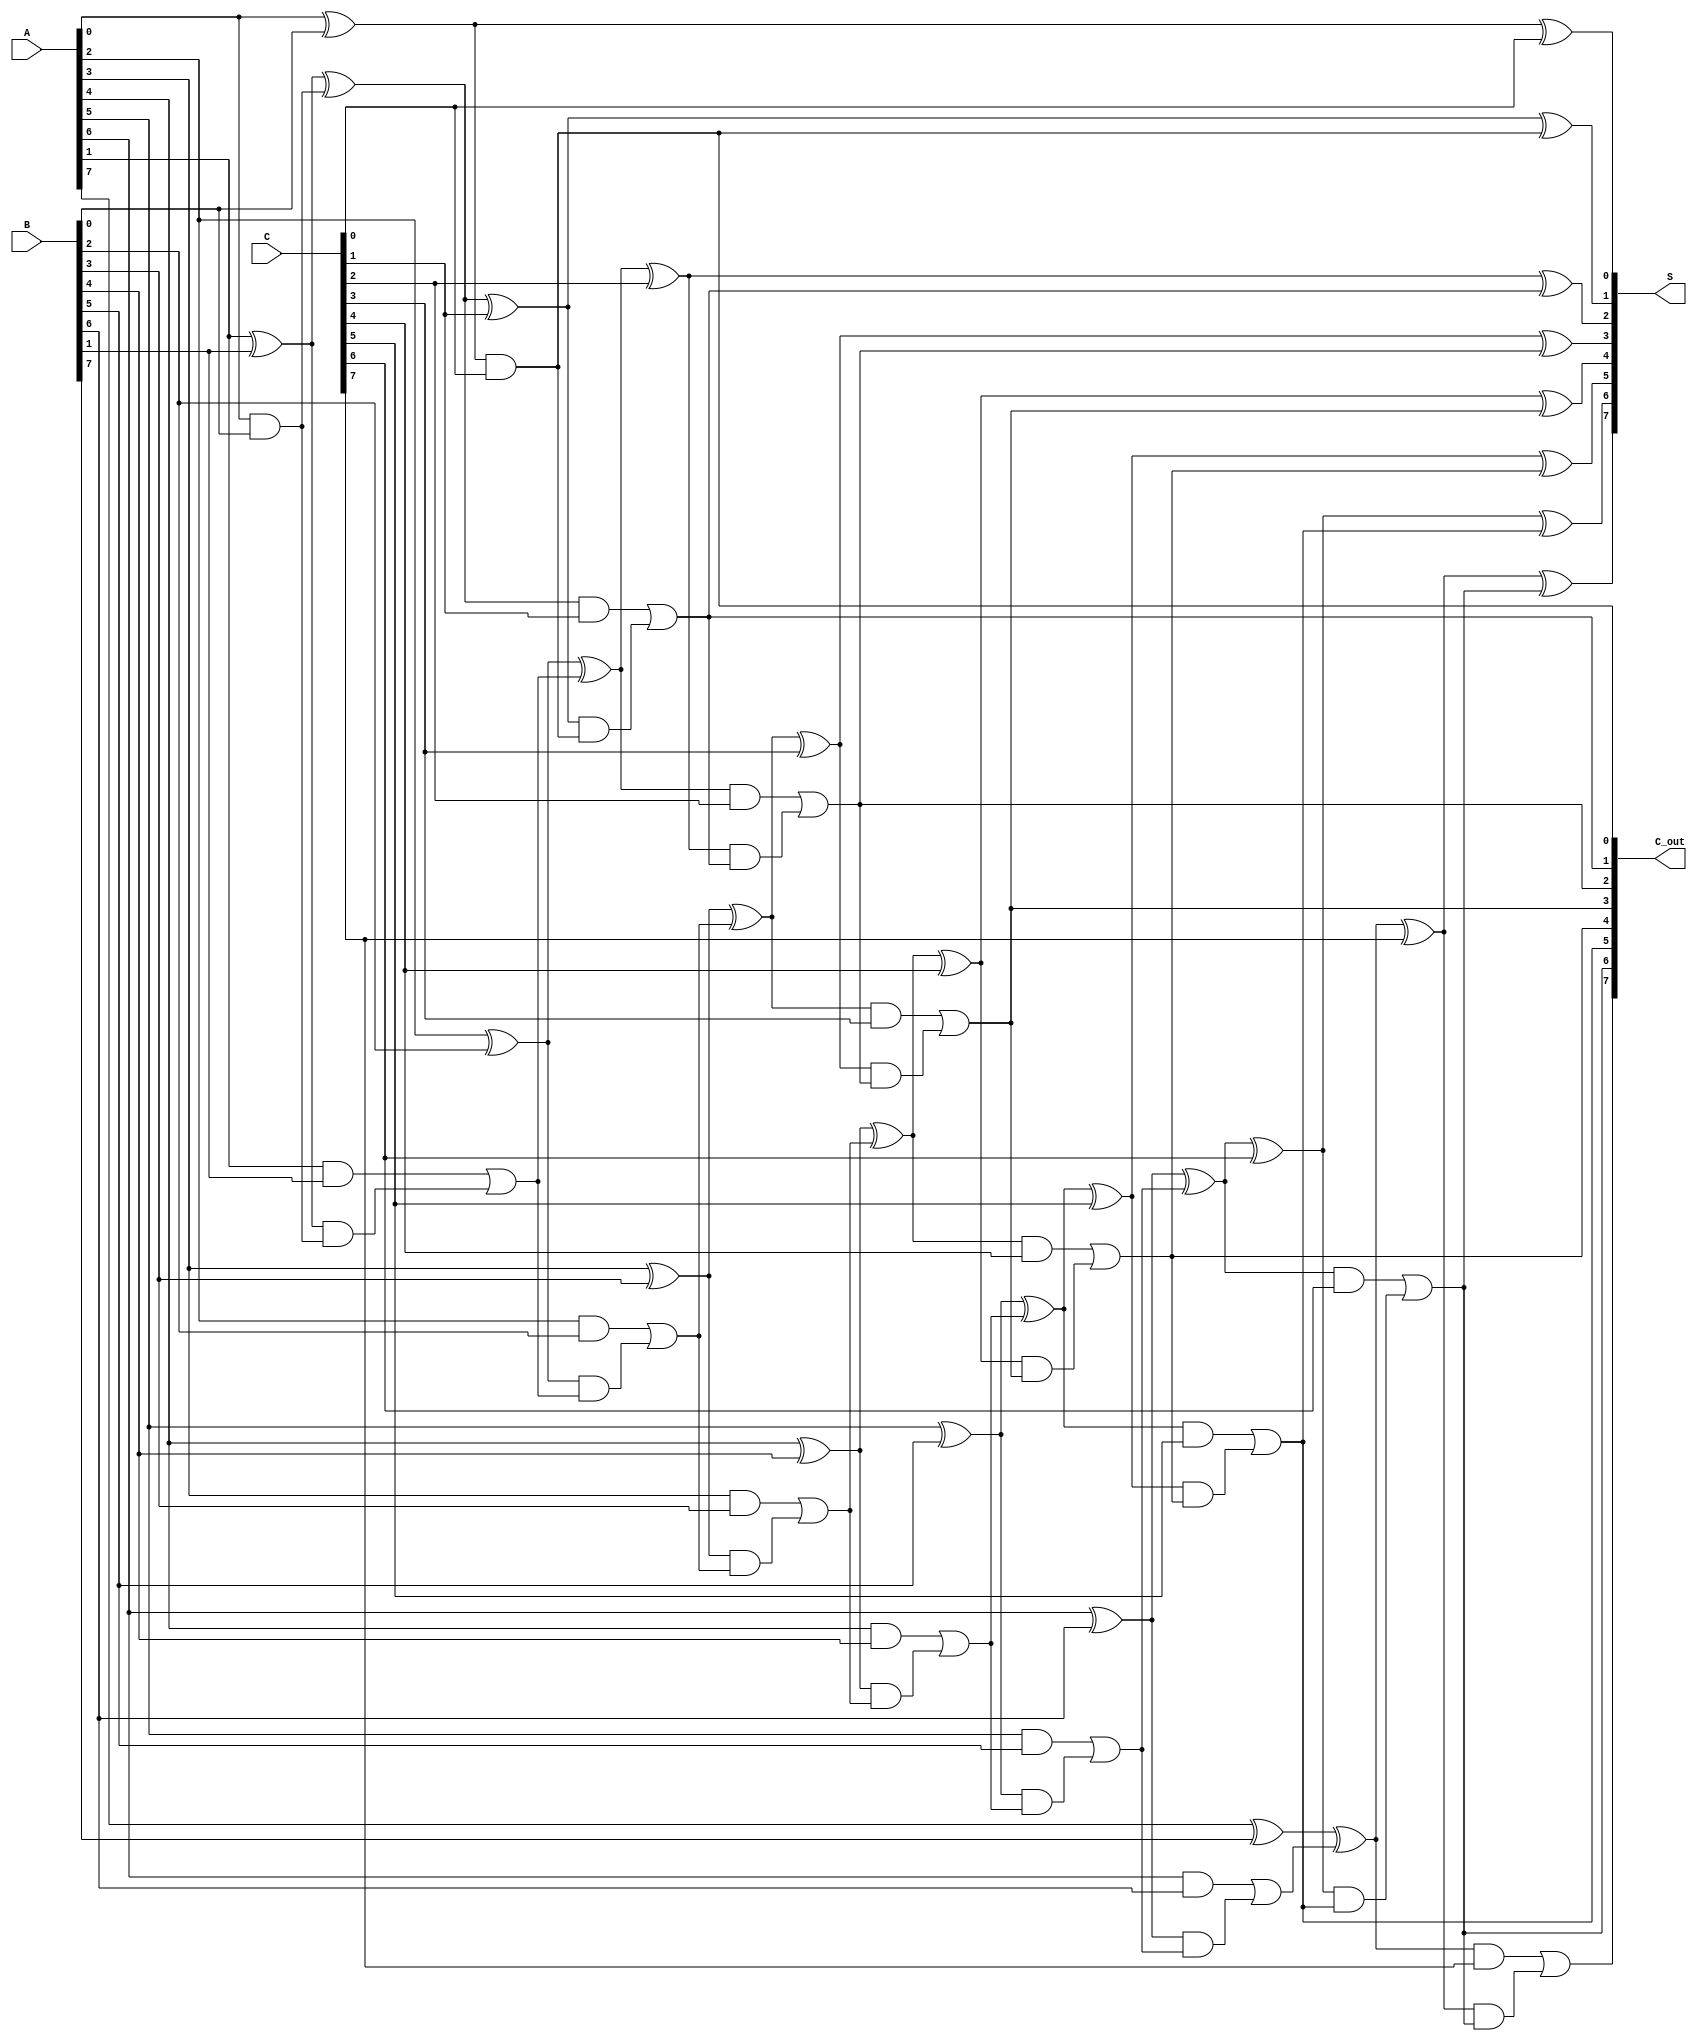
module carry_save_adder (
    input [n-1:0] A, // First n-bit input
    input [n-1:0] B, // Second n-bit input
    input [n-1:0] C, // Third n-bit input
    output [n-1:0] S, // Sum output after CSA
    output [n-1:0] C_out // Carry output after CSA
);
    parameter n = 8; // Width of the input numbers

    wire [n-1:0] sum_ab, carry_ab;
    wire [n-1:0] sum_bc, carry_bc;
    wire [n-1:0] carry_ac;

    // Full Adder Logic for each bit
    genvar i;
    generate
        for (i = 0; i < n; i = i + 1) begin: full_adder
            if (i == 0) begin
                // Sum and carry for A and B
                assign sum_ab[i] = A[i] ^ B[i];
                assign carry_ab[i] = A[i] & B[i];
            end else begin
                // Sum and carry for the previous results
                assign sum_ab[i] = A[i] ^ B[i] ^ carry_ab[i-1];
                assign carry_ab[i] = (A[i] & B[i]) | ((A[i] ^ B[i]) & carry_ab[i-1]);
            end
        end
    endgenerate

    generate
        for (i = 0; i < n; i = i + 1) begin: carry_save
            if (i == 0) begin
                // Sum and carry for the intermediate sums and C
                assign sum_bc[i] = sum_ab[i] ^ C[i];
                assign carry_bc[i] = sum_ab[i] & C[i];
            end else begin
                // Sum and carry for the previous results
                assign sum_bc[i] = sum_ab[i] ^ C[i] ^ carry_bc[i-1];
                assign carry_bc[i] = (sum_ab[i] & C[i]) | ((sum_ab[i] ^ C[i]) & carry_bc[i-1]);
            end
        end
    endgenerate

    // Outputs of Carry Save Adder
    assign S = sum_bc;
    assign C_out = carry_bc;

endmodule